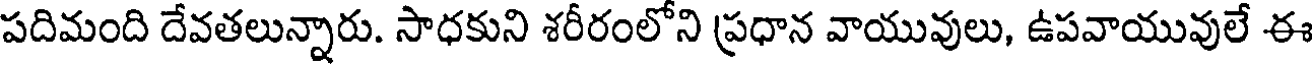
పదిమంది దేవతలున్నారు. సాధకుని శరీరంలోని ప్రధాన వాయువులు, ఉపవాయువులే ఈ